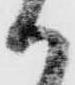
か